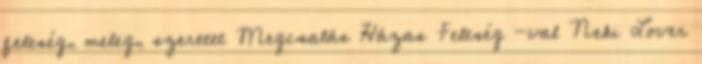
feleség, meleg, szeretet Megcsalás Házas Feleség -val Neki Lover